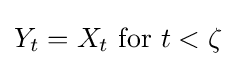
Y_{t}=X_{t}{\mbox{ for }}t<\zeta